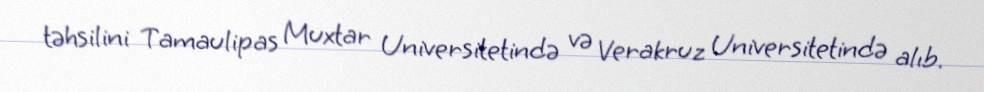
təhsilini Tamaulipas Muxtar Universitetində və Verakruz Universitetində alıb.